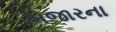
બજારના